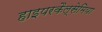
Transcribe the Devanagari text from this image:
हाइपरकैल्सेमिया